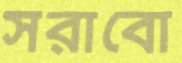
সরাবো